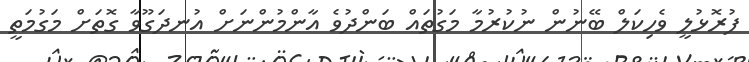
ފުރޮޅުލީ ވެހިކަލް ބޭނުން ނުކުރުމާ މަގުތައް ބަންދުވެ އާންމުންނަށް އުނދަގޫވާ ގޮތަށް މަގުމަތީ